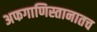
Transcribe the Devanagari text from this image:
अफगाणिस्तानातच